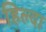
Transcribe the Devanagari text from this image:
हिल्दा